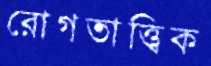
রোগতাত্ত্বিক